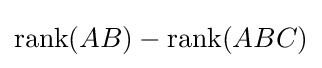
\operatorname {rank} (AB)-\operatorname {rank} (ABC)